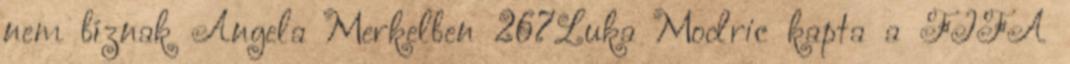
nem bíznak Angela Merkelben 267Luka Modric kapta a FIFA